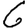
Digit: 6